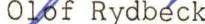
Rydbeck